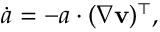
\dot { \boldsymbol { a } } = - \boldsymbol { a } \cdot ( \nabla \mathbf { v } ) ^ { \top } ,